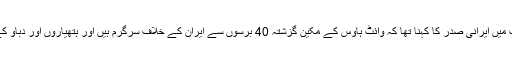
لیکن پیر کو تہران میں علما کے ایک اجلاس سے خطاب میں ایرانی صدر کا کہنا تھا کہ وائٹ ہاؤس کے مکین گزشتہ 40 برسوں سے ایران کے خلاف سرگرم ہیں اور ہتھیاروں اور دباؤ کے ذریعے ایران کو زیر کرنے کی کوشش کر رہے ہیں۔